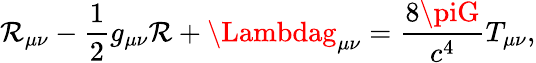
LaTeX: \mathcal{R}_{\mu\nu}-\frac{{1}}{{2}}g_{\mu\nu}\mathcal{R}+\Lambdag_{\mu\nu}=\frac{{8\piG}}{{c^{4}}}T_{\mu\nu},